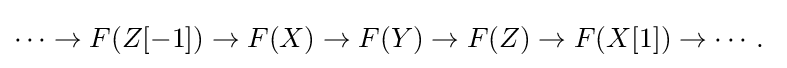
\cdots \to F(Z[-1])\to F(X)\to F(Y)\to F(Z)\to F(X[1])\to \cdots .\